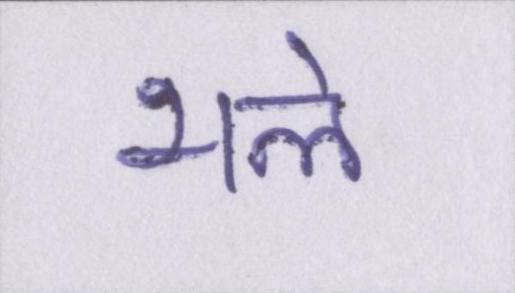
भले